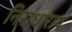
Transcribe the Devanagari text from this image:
निराधाराय